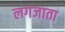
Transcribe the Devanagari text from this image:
लगजाता